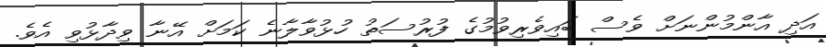
އަދި އާންމުންނަށް ވެސް ބައިވެރިވުމުގެ ފުރުސަތު ހުޅުވާލާނެ ކަމަށް އޭނާ ވިދާޅުވި އެވެ.